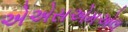
એએસએમએલ